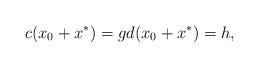
LaTeX: \begin{gather*}c(x_0+x^{*})=g d(x_0+x^{*})=h,\end{gather*}